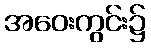
အဝေးကွင်း၌